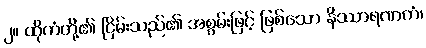
၂။ ထိုကံတို့၏ ငြိမ်းသည်၏ အစွမ်းဖြင့် ဖြစ်သော နိဿာရဏကံ၊